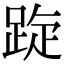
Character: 𨁁